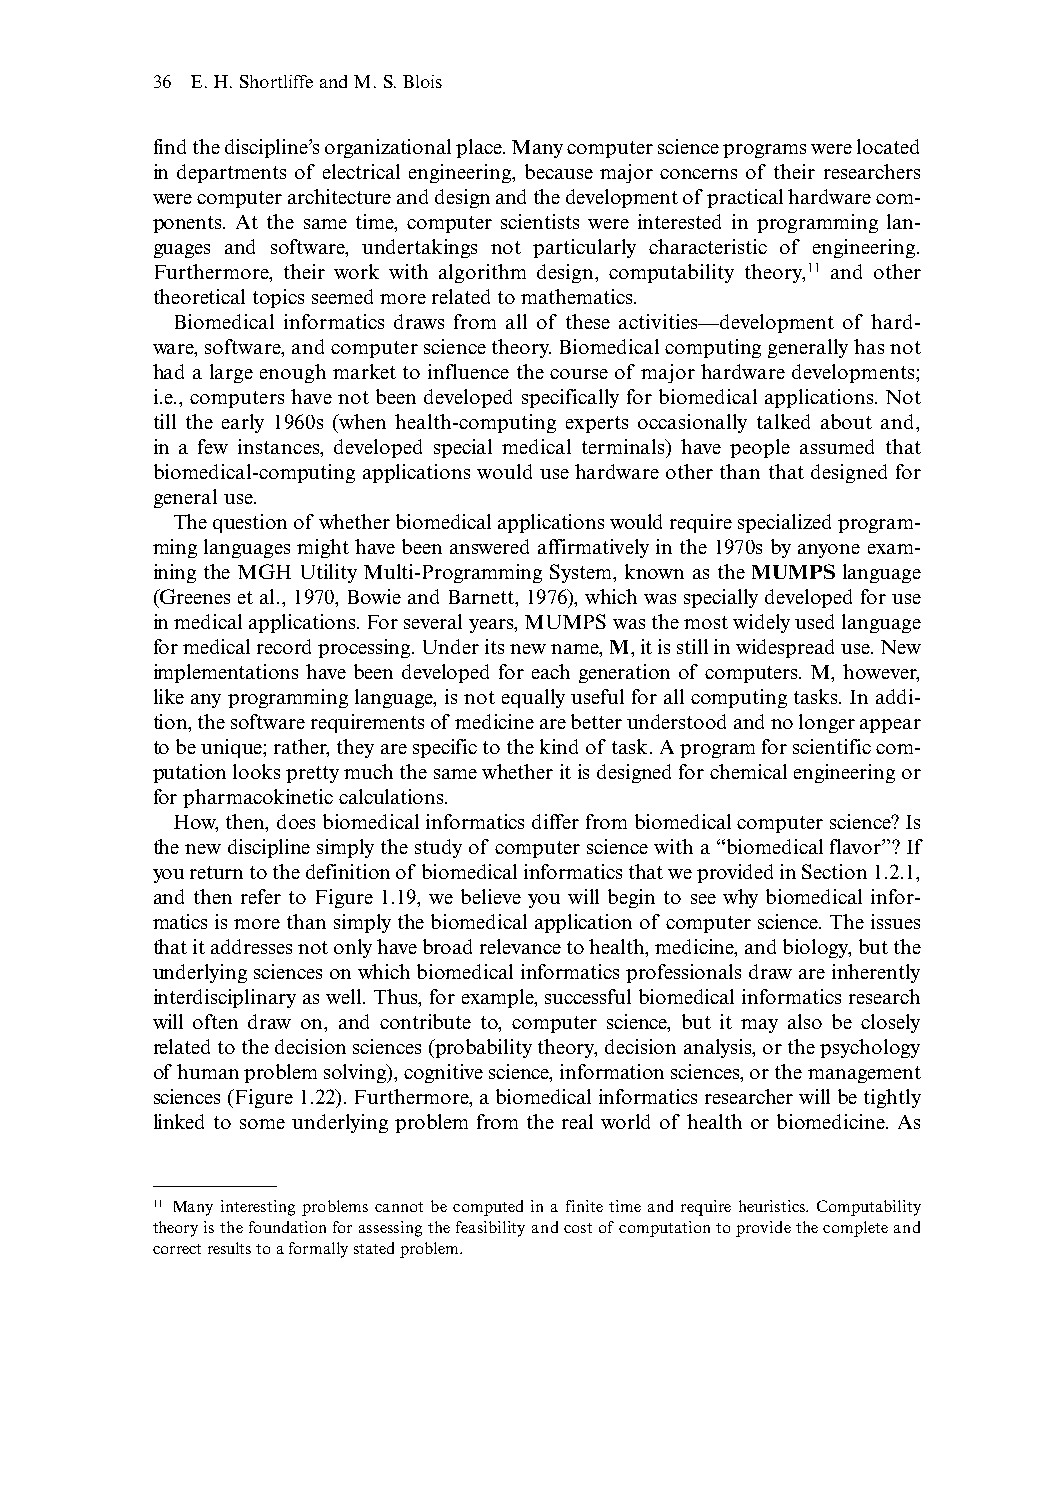
36 E.H.Shortliffe and M.S.Blois
 find the discipline’s organizational place.Many computer science programs were located
 in departments of electrical engineering, because major concerns of their researchers
 were computer architecture and design and the development of practical hardware com-
 ponents. At the same time, computer scientists were interested in programming lan-
 guages and software, undertakings not particularly characteristic of engineering.
 Furthermore, their work with algorithm design, computability theory,11 and other
 theoretical topics seemed more related to mathematics.
 Biomedical informatics draws from all of these activities—development of hard-
 ware,software,and computer science theory.Biomedical computing generally has not
 had a large enough market to influence the course of major hardware developments;
 i.e., computers have not been developed specifically for biomedical applications. Not
 till the early 1960s (when health-computing experts occasionally talked about and,
 in a few instances, developed special medical terminals) have people assumed that
 biomedical-computing applications would use hardware other than that designed for
 general use.
 The question of whether biomedical applications would require specialized program-
 ming languages might have been answered affirmatively in the 1970s by anyone exam-
 ining the MGH Utility Multi-Programming System, known as the MUMPS language
 (Greenes etal.,1970,Bowie and Barnett,1976),which was specially developed for use
 in medical applications.For several years,MUMPS was the most widely used language
 for medical record processing.Under its new name,M,it is still in widespread use.New
 implementations have been developed for each generation of computers. M, however,
 like any programming language, is not equally useful for all computing tasks. In addi-
 tion,the software requirements of medicine are better understood and no longer appear
 to be unique;rather,they are specific to the kind of task.A program for scientific com-
 putation looks pretty much the same whether it is designed for chemical engineering or
 for pharmacokinetic calculations.
 How,then,does biomedical informatics differ from biomedical computer science? Is
 the new discipline simply the study of computer science with a “biomedical flavor”? If
 you return to the definition of biomedical informatics that we provided in Section 1.2.1,
 and then refer to Figure 1.19, we believe you will begin to see why biomedical infor-
 matics is more than simply the biomedical application of computer science.The issues
 that it addresses not only have broad relevance to health,medicine,and biology,but the
 underlying sciences on which biomedical informatics professionals draw are inherently
 interdisciplinary as well.Thus,for example,successful biomedical informatics research
 will often draw on, and contribute to, computer science, but it may also be closely
 related to the decision sciences (probability theory,decision analysis,or the psychology
 of human problem solving),cognitive science,information sciences,or the management
 sciences (Figure 1.22).Furthermore,a biomedical informatics researcher will be tightly
 linked to some underlying problem from the real world of health or biomedicine. As
 11 Many interesting problems cannot be computed in a finite time and require heuristics.Computability
 theory is the foundation for assessing the feasibility and cost of computation to provide the complete and
 correct results to a formally stated problem.